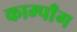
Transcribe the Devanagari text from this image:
काम्पाँग